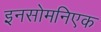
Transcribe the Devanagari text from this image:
इनसोमनिएक